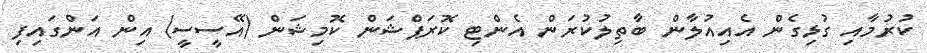
ކުރުމާއި ގުޅިގެން އެއިއުލާން ބާތިލުކުރަން އެންޓި ކޮރަޕްޝަން ކޮމިޝަން (އޭސީސީ) އިން އަންގައިފި